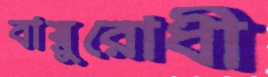
বায়ুরোধী